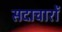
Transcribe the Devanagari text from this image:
सदाचारों